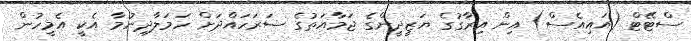
ސްޓޭޓް (އައިއެސް) އިން އިރާގުގެ ޔަޒީދީންގެ ޖަމާއަތުގެ ސަރަހައްދަށް ހަމަލާދިނުމާ އެކީ އެމީހުން